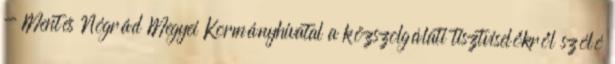
- Mentés Nógrád Megyei Kormányhivatal a közszolgálati tisztviselőkről szóló